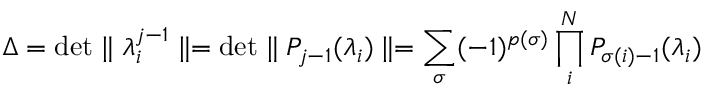
\Delta = \mathrm { d e t } \parallel \lambda _ { i } ^ { j - 1 } \parallel = \mathrm { d e t } \parallel P _ { j - 1 } ( \lambda _ { i } ) \parallel = \sum _ { \sigma } ( - 1 ) ^ { p ( \sigma ) } \prod _ { i } ^ { N } P _ { \sigma ( i ) - 1 } ( \lambda _ { i } )